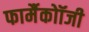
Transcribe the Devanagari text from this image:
फार्मैकोॉजी